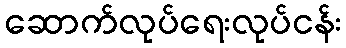
ဆောက်လုပ်ရေးလုပ်ငန်း